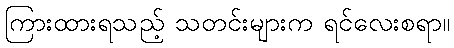
ကြားထားရသည့် သတင်းများက ရင်လေးစရာ။